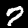
Label: 7